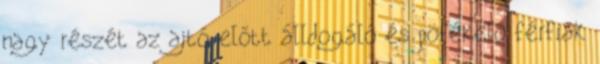
nagy részét az ajtó előtt álldogáló és pöfékelő férfiak